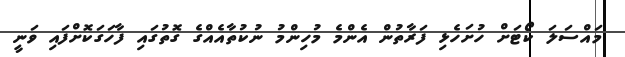
މައްސަލަ ކޯޓަށް ހުށަހެޅި ފަރާތުން އެންމެ މުހިންމު ނުކުތާއެއްގެ ގޮތުގައި ފާހަގަކޮށްފައި ވަނީ